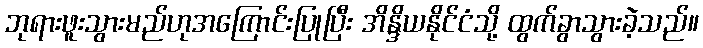
ဘုရားဖူးသွားမည်ဟုအကြောင်းပြုပြီး အိန္ဒိယနိုင်ငံသို့ ထွက်ခွာသွားခဲ့သည်။